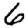
Digit: 6